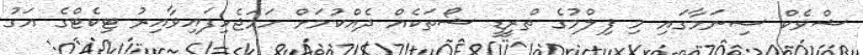
ޝްވެކް ސިނަމާގައި މި ފިލްމުގެ ތްރީޑީ ޝޯތަކެއް ދެއްކުމަށް ހަމަޖެހިފައިވާއިރު ޓިކެޓްގެ އަގު